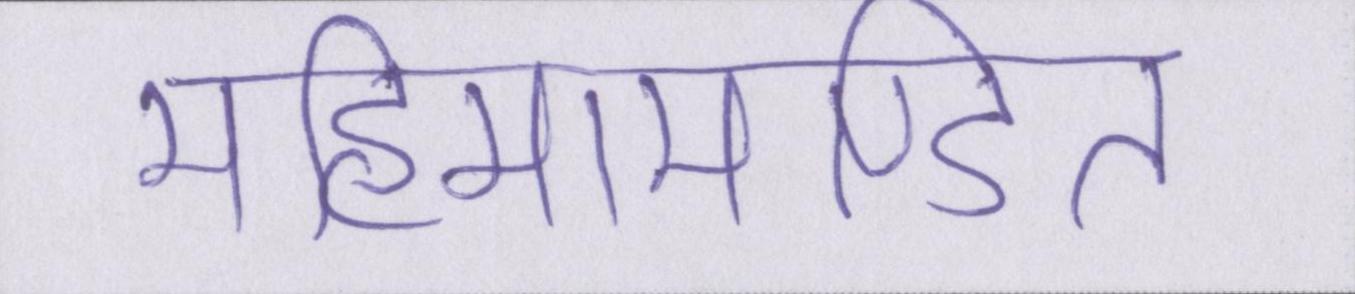
महिमामण्डित